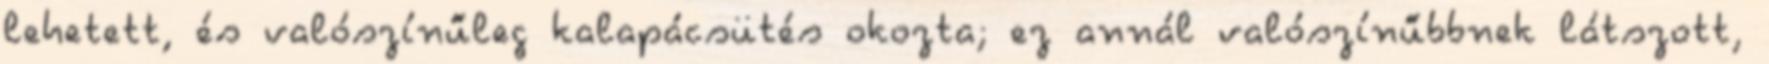
lehetett, és valószínűleg kalapácsütés okozta; ez annál valószínűbbnek látszott,